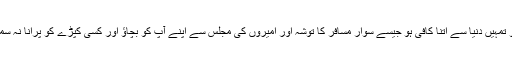
اگر تم مجھ سے ملنا چاہتی ہو تو تمہیں دنیا سے اتنا کافی ہو جیسے سوار مسافر کا توشہ اور امیروں کی مجلس سے اپنے آپ کو بچاؤ اور کسی کپڑے کو پرانا نہ سمجھو حتی کہ اس کو پیوند لگالو۔